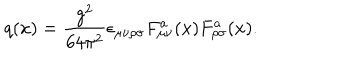
LaTeX: q ( x ) = { \frac { g ^ { 2 } } { 6 4 \pi ^ { 2 } } } \epsilon _ { \mu \nu \rho \sigma } F _ { \mu \nu } ^ { a } ( x ) F _ { \rho \sigma } ^ { a } ( x ) .